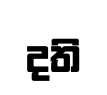
දති